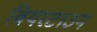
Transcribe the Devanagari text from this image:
बियरटाउन